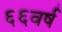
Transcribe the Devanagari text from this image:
६६वर्ष